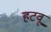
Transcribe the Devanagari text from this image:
हटवू